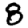
Digit: 8